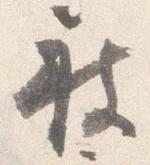
被